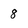
Character: 8